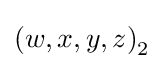
\left(w,x,y,z\right)_{2}